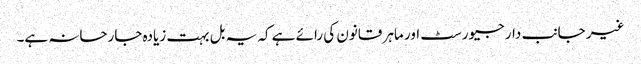
غیر جانب دار جیورسٹ اور ماہر قانون کی رائے ہے کہ یہ بل بہت زیادہ جارحانہ ہے۔